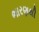
ભારણથી